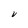
Character: V